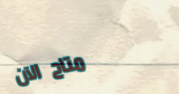
متاح الآن